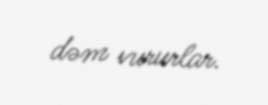
dəm vururlar.